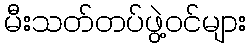
မီးသတ်တပ်ဖွဲ့ဝင်များ